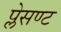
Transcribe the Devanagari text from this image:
प्लेसण्ट